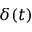
\delta ( t )